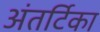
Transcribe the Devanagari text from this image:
अंतर्टिका